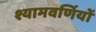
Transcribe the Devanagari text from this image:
श्यामवर्णियों